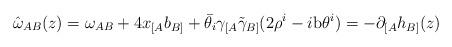
LaTeX: \begin{align*}\hat{\omega}_{AB}(z)=\omega_{AB}+4x_{[A}b_{B]}+\bar{\theta}_{i}\gamma_{[A}\tilde{\gamma}_{B]}(2\rho^{i}-i{\rm b}\theta^{i})=-\partial_{[A}h_{B]}(z)\end{align*}